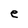
Character: e